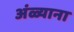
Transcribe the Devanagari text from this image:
अंळ्याना